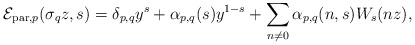
\begin{align*}\mathcal{E}_{\mathrm{par},p}(\sigma_{q}z,s)= \delta_{p,q}y^{s} + \alpha_{p,q}(s)y^{1-s} + \sum_{n\not=0}\alpha_{p,q}(n,s)W_{s}(nz),\end{align*}